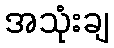
အသုံးချ